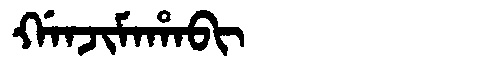
Manchu: ᡤᠠᠨᠵᡳᠮᠠᡥᠠᠪᡳ
Romanization: GANJIMAHABI